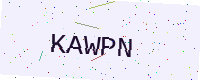
Text: KAWPN